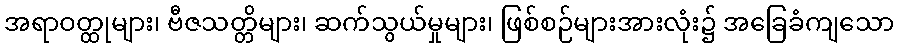
အရာဝတ္ထုများ၊ ဗီဇသတ္တိများ၊ ဆက်သွယ်မှုများ၊ ဖြစ်စဉ်များအားလုံး၌ အခြေခံကျသော